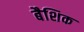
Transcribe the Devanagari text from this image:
बैशिक